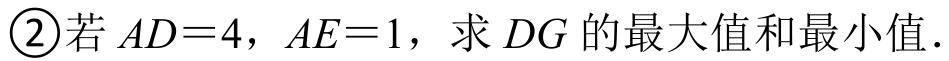
\textcircled{2}若\(AD = 4\)，\(AE = 1\)，求\(DG\)的最大值和最小值.